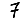
Digit: 7